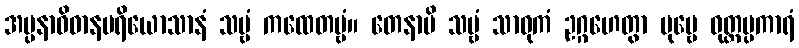
အပ္ပနာဝိဓာနပရိယောသာနံ သဗ္ဗံ ကထေတဗ္ဗံ။ တေနာပိ သဗ္ဗံ သာဓုကံ ဥဂ္ဂဟေတွာ ပုဗ္ဗေ ဝုတ္တပ္ပကာရံ